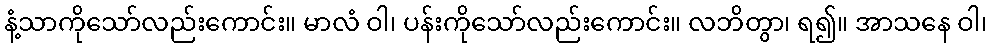
နံ့သာကိုသော်လည်းကောင်း။ မာလံ ဝါ၊ ပန်းကိုသော်လည်းကောင်း။ လဘိတွာ၊ ရ၍။ အာသနေ ဝါ၊